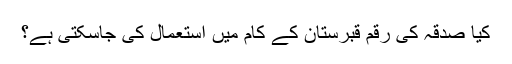
کیا صدقہ کی رقم قبرستان کے کام میں استعمال کی جاسکتی ہے؟